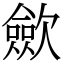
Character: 歛